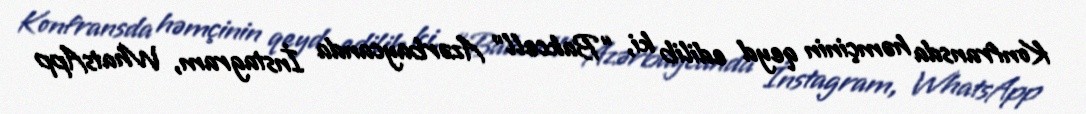
Konfransda həmçinin qeyd edilib ki, “Bakcell” Azərbaycanda İnstagram, WhatsApp